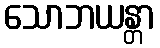
သောဘယန္တာ